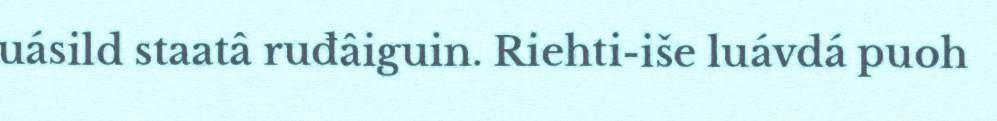
uásild staatâ ruđâiguin. Riehti-iše luávdá puoh